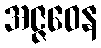
အဇ္ဇဝေန